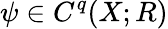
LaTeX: \psi\in C^{q}(X;R)